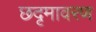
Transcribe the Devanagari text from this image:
छदृमावरण